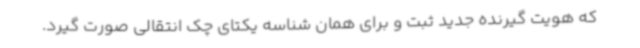
که هویت گیرنده جدید ثبت و برای همان شناسه یکتای چک انتقالی صورت گیرد.